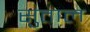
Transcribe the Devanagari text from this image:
सुताल